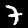
Digit: 7